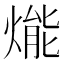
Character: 𤌶